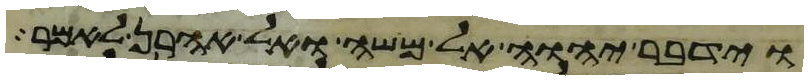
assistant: וידבר יהוה אל משה ואל אהרן לאמר